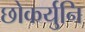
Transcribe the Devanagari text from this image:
छोकर्युनि